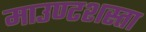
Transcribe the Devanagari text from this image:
माउण्टशस्ता